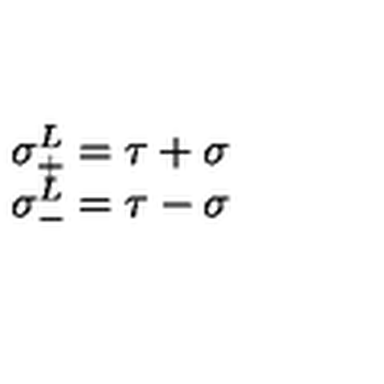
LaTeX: \begin{array} { l l } { \sigma _ { + } ^ { L } = \tau + \sigma } \\ { \sigma _ { - } ^ { L } = \tau - \sigma } \\ \end{array}